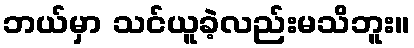
ဘယ်မှာ သင်ယူခဲ့လည်းမသိဘူး။